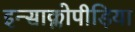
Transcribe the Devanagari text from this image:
इन्साक्लोपीड़िया